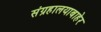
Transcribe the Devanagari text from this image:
संग्रहालयाबाहेर